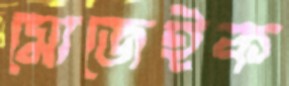
মোজেইক